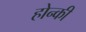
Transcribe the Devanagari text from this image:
होन्की